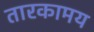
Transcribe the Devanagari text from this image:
तारकामय